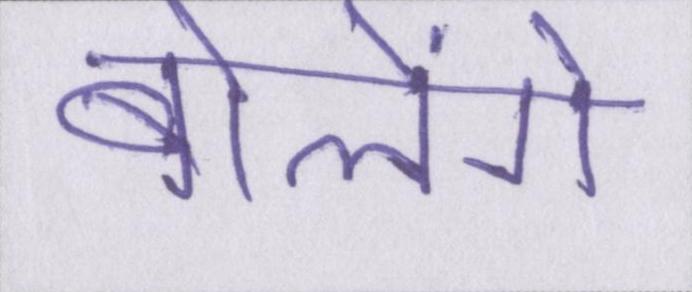
बोलेंगे